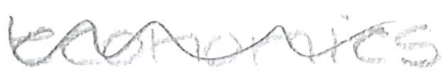
Text: economics
Cross-out: wave
Writing tool: pencil